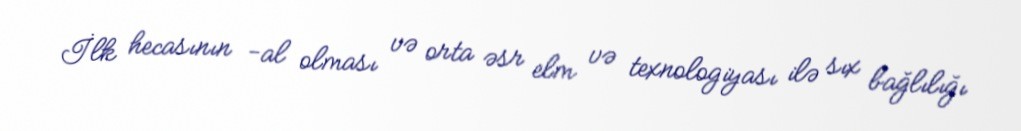
İlk hecasının -al olması və orta əsr elm və texnologiyası ilə sıx bağlılığı